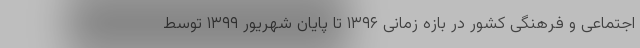
اجتماعی و فرهنگی کشور در بازه زمانی ۱۳۹۶ تا پایان شهریور ۱۳۹۹ توسط